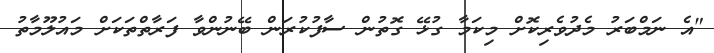
"އެ ނަމްބަރު މެދުވެރިކޮށް މިކަމާ ގުޅޭ ގޮތުން ސާފުކުރަން ބޭނުންވާ ފަރާތްތަކަށް މައުލޫމާތު